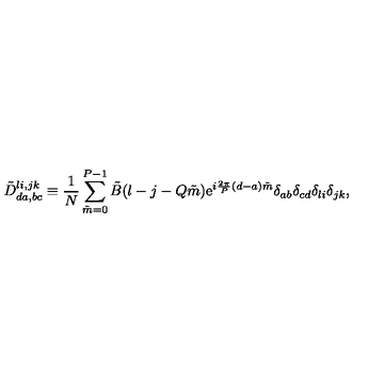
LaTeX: \tilde { D } _ { d a , b c } ^ { l i , j k } \equiv { \frac { 1 } { N } } \sum _ { \tilde { m } = 0 } ^ { P - 1 } \tilde { B } ( l - j - Q \tilde { m } ) \mathrm { e } ^ { i { \frac { 2 \pi } { P } } ( d - a ) \tilde { m } } \delta _ { a b } \delta _ { c d } \delta _ { l i } \delta _ { j k } ,